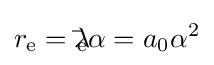
r_{\text{e}}=\lambda \!\!\!{\bar {}}_{\text{e}}\alpha =a_{0}\alpha ^{2}